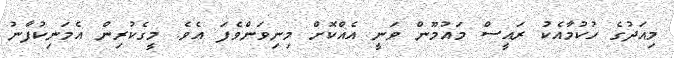
މިއަދުގެ ހުކުމާއެކު ރައީސް މައުމޫން ވަނީ އެއްކޮށް މިނިވަންވެފަ އެވެ. މީގެކުރިން އެމަނިކުފާނު